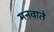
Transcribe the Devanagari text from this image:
मनवाते